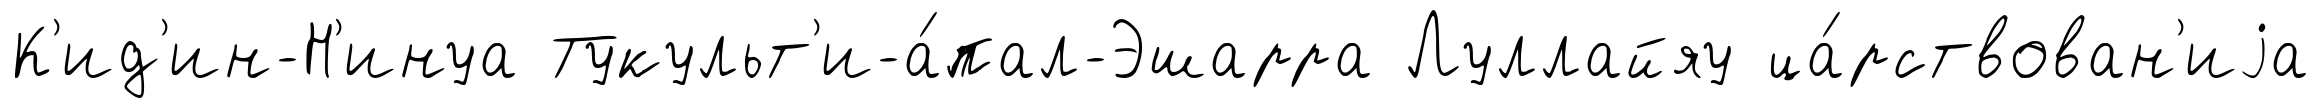
К'ид'ин-Н'инуа Тукульт'и-а́пал-Эшарра Луллайяу ца́рствован'иjа